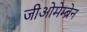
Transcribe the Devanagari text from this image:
जीओमेम्ब्रेन